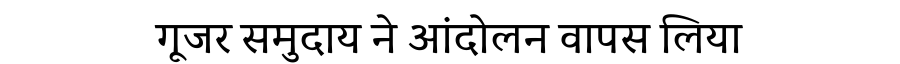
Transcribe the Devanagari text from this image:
गूजर समुदाय ने आंदोलन वापस लिया